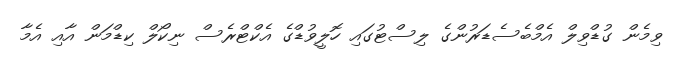
ވިމެން ގުޑްވިލް އެމްބެސެޑަރުންގެ ލިސްޓުގައި ހޮލީވުޑްގެ އެކްޓްރެސް ނިކޯލް ކިޑްމަން އާއި އެމާ